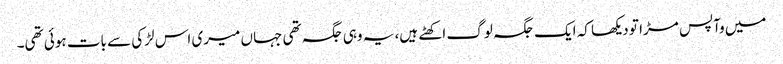
میں وآپس مڑا تو دیکھا کہ ایک جگہ لوگ اکھٹے ہیں، یہ وہی جگہ تھی جہاں میری اس لڑکی سے بات ہوئی تھی۔